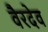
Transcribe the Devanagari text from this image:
वैरदेव